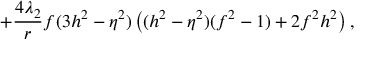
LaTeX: + \frac { 4 \lambda _ { 2 } } { r } f ( 3 h ^ { 2 } - \eta ^ { 2 } ) \left( ( h ^ { 2 } - \eta ^ { 2 } ) ( f ^ { 2 } - 1 ) + 2 f ^ { 2 } h ^ { 2 } \right) ,